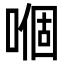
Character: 嗰